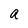
Character: a